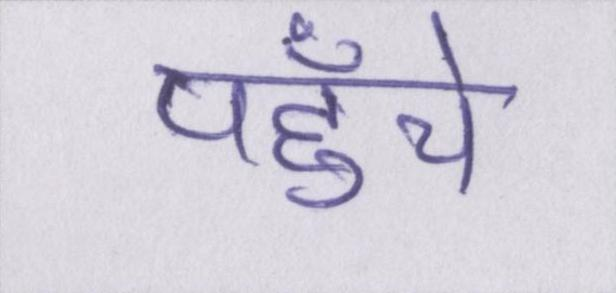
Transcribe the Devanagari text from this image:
पहुँचे